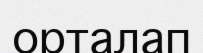
орталап